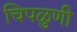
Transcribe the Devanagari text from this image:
चिपळुणी